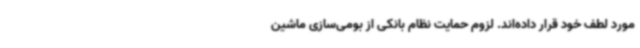
مورد لطف خود قرار داده‌اند. لزوم حمایت نظام بانکی از بومی‌سازی ماشین